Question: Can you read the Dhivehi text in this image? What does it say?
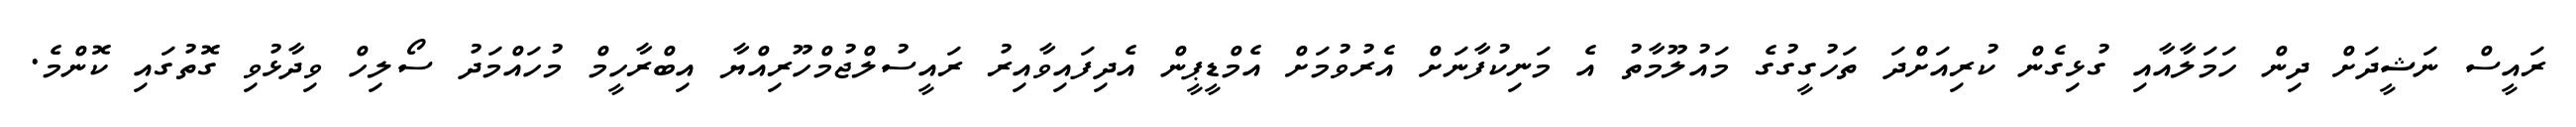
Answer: ރައީސް ނަޝީދަށް ދިން ހަމަލާއާއި ގުޅިގެން ކުރިއަށްދަ ތަހުގީގުގެ މައުލޫމާތު އެ މަނިކުފާނަށް އެރުވުމަށް އެމްޑީޕީން އެދިފައިވާއިރު ރައީސުލްޖުމްހޫރިއްޔާ އިބްރާހީމް މުހައްމަދު ސޯލިހް ވިދާޅުވި ގޮތުގައި ކޮންމެ.